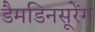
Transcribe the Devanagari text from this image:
डैमडिनसूरेंग